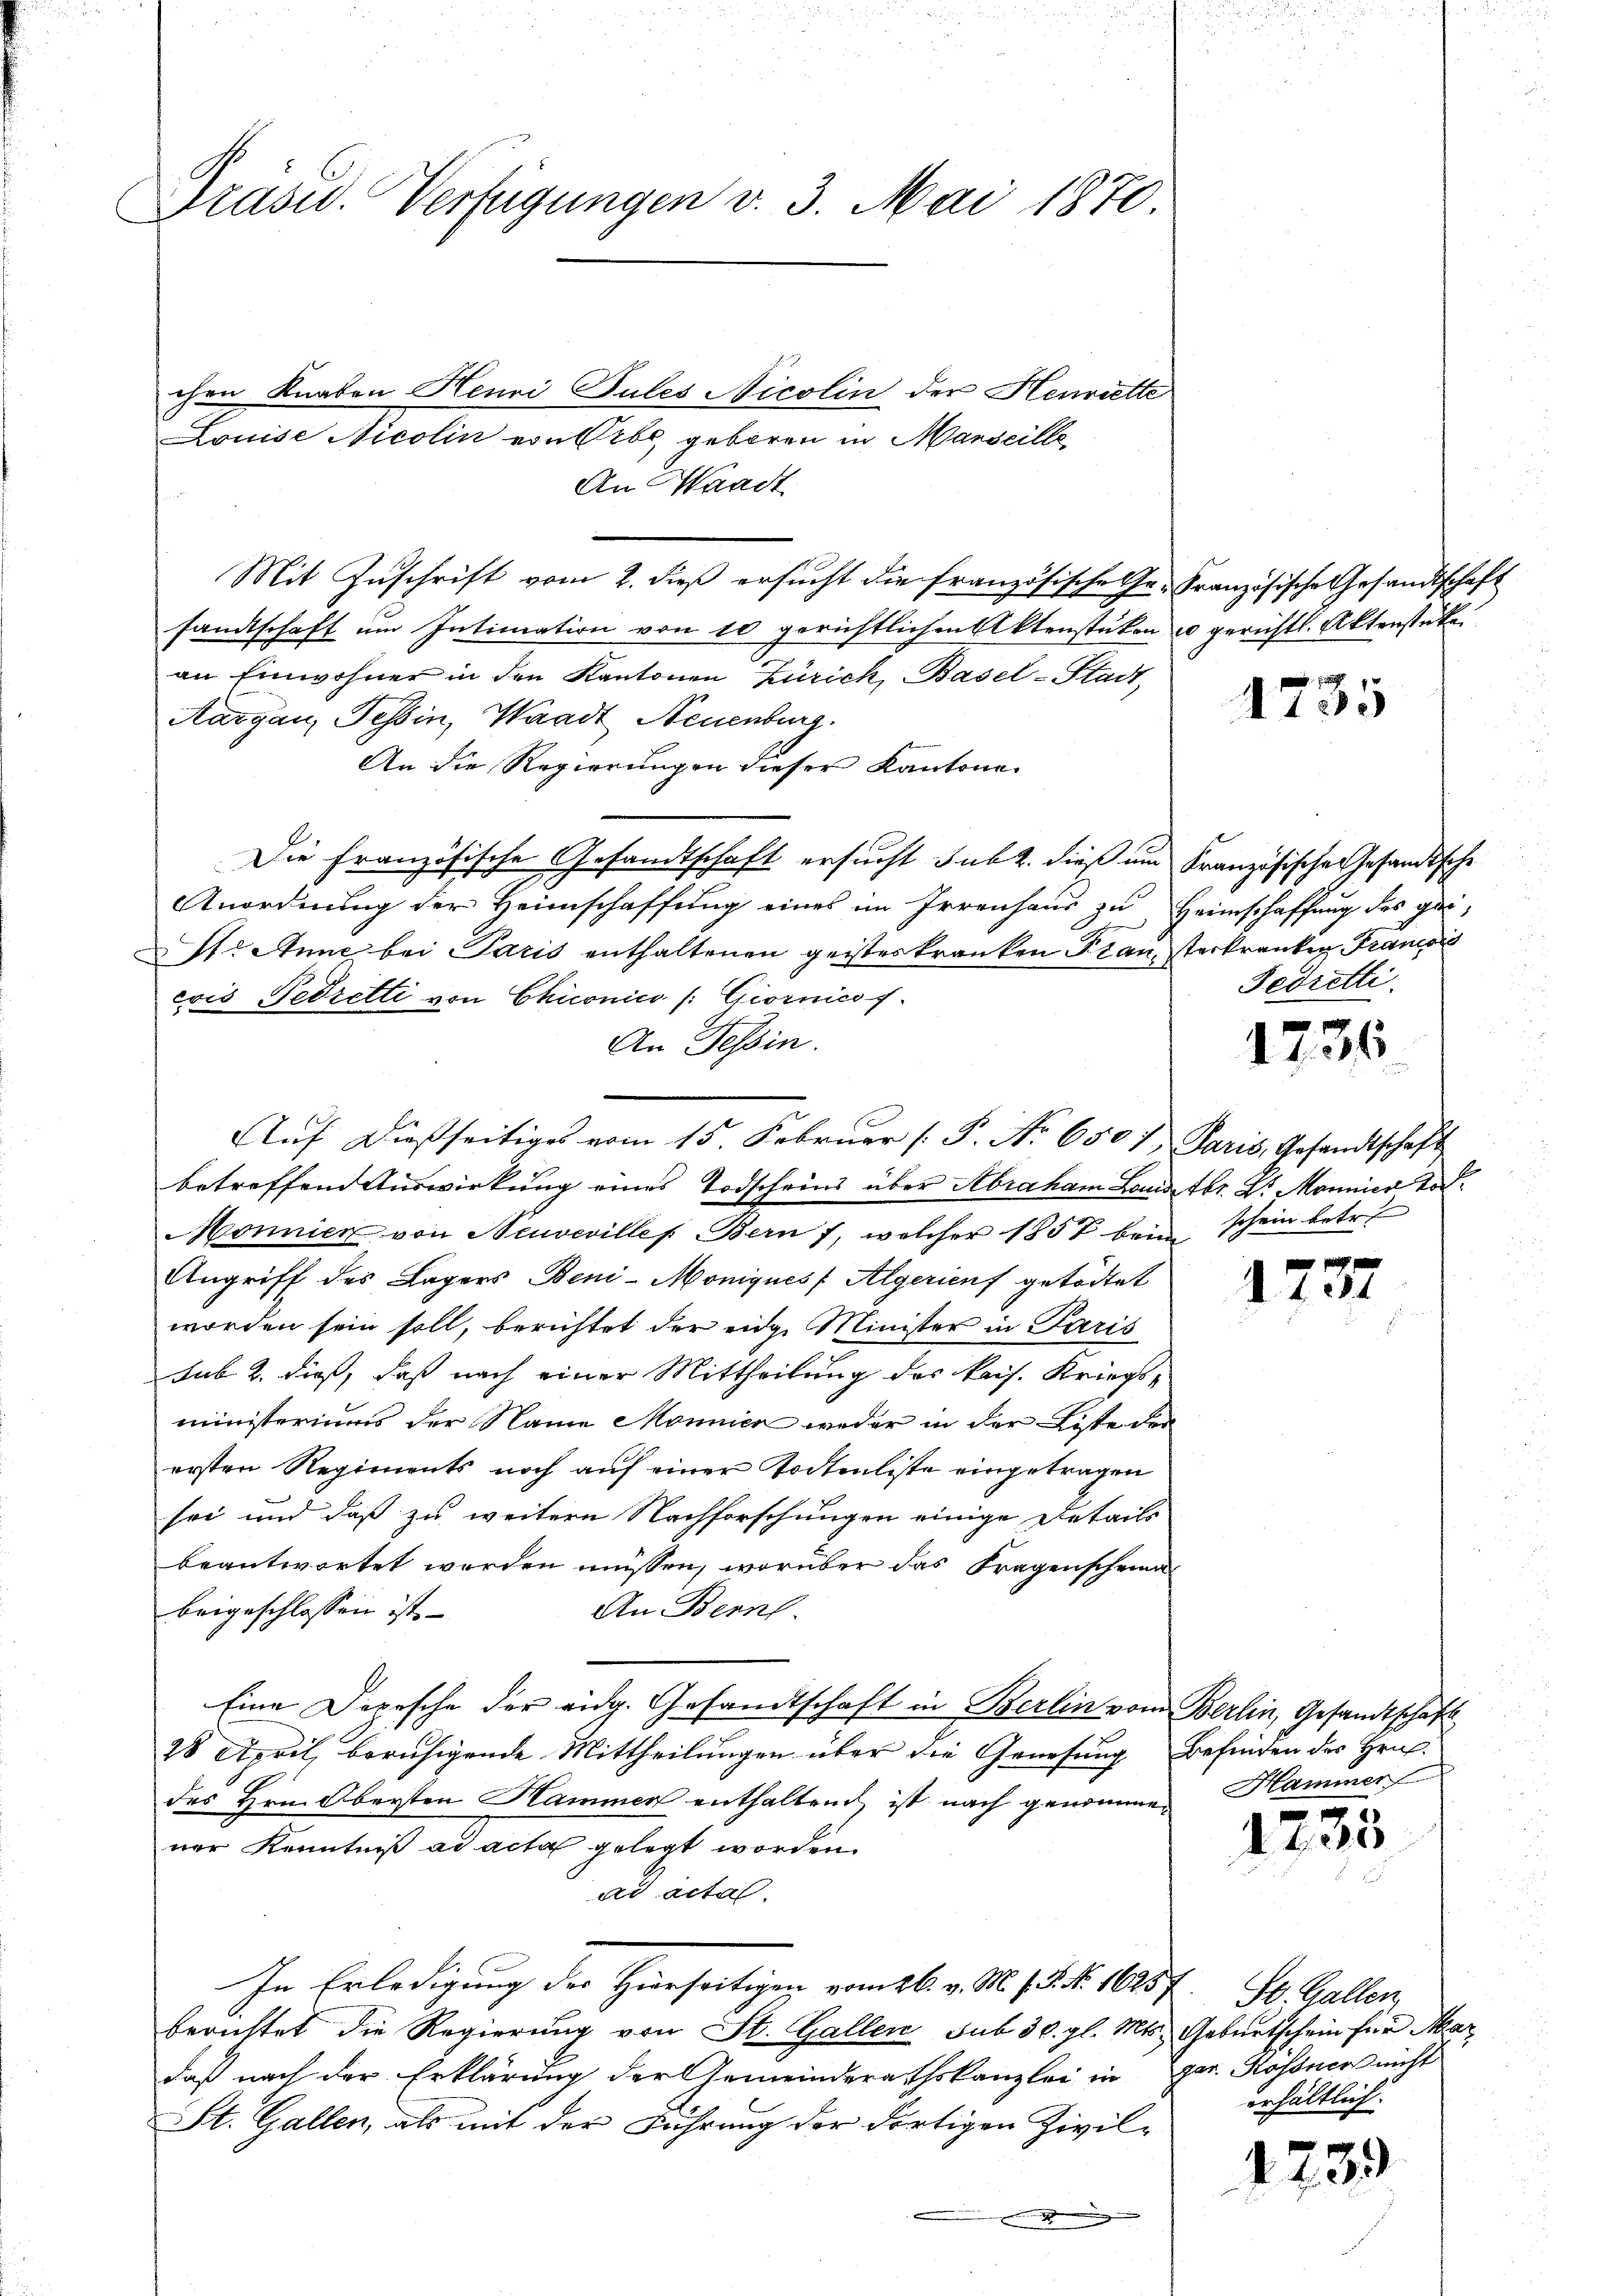
Präsid. Verfügungen v. 3. Mai 1870

chen Knaben Henri Pules Nicolin der Henriette
Louise Nicolin von Erbe, geboren in Marseille
An Waadt
Mit Zuschrift vom 2. dieß ersucht die französische Ge-Französische Gesandtschaft
sandtschaft um Intimation von 10 gerichtlichen Aktenstüken u gerichtl. Aktenstücke
an Einwohner in den Kantonen Zürich, Basel-Stadt,
Aargau, Tessin, Waadt Neuenburg.
An die Regierungen dieser Kantone.
Die Französische Gesandtschaft ersucht sub 2. dieß um Französische Gesandtsche
Anordnung der Heimschaffung eines im Irrenhaus zu Heimschaffung des ge-
I. Anne bei Paris enthaltenen geisteskranken Frau, sterkranken Francois
evis Fedretti von Chiconico /: Giornico f.
An Tessin.
Auf dießseitiges vom 15. Februar [P. Nr. 6507, Paris, Gesandtschaft
betreffend Auswirkung eines Todscheins über Abraham Laudetbr. Dr. Mannier Tod
Mönnien von Neuvevilles Bern f, welcher 1857 beim schein betr.
Angriff des Lagers Beni-Moniques / Algerienf getödtet
worden sein soll, berichtet der eidge Minister in Paris
Sub. 2. dieß, daß nach einer Mittheilung des kais. Kriegs-
ministeriums der Name Mönnier weder in der Liste der
ersten Regiments noch auf einer Todtenliste eingetragen
sei und daß zu weitern Nachforschungen einige Details
beantwortet werden müssen, worüber das Fragenscheina
An Bern.
beigeschlossen ist.
Eine Depesche der eidg. Gesamtschaft in Berlin vom Berlin, Gesandtschaft
28 April, beruhigende Mittheilungen über die Genesung Befinden des Hrn.
des Hrn. Obersten Hammer enthaltend, ist nach genomme
ner Kenntniß ad acta gelegt worden.
ad actal.
In Erledigung der Hierseitigen vom 26. v. M. s. S. Nr. 16457
berichtet die Regierung von St. Gallen sub 30. gl. Mts. Geburtschein für Mar
daß nach der Erklärung der Gemeinderathskanzlei in per. Kössner nicht
St. Gallen, als mit der Führung der dortigen Zivil-
.

100

Fedretti.

1736

1737

Hammer

g
40

St. Gallen
erhältlich.

1739